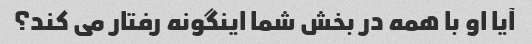
آیا او با همه در بخش شما اینگونه رفتار می کند؟